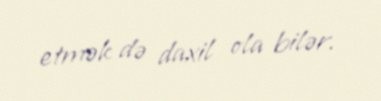
etmək də daxil ola bilər.